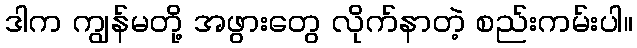
ဒါက ကျွန်မတို့ အဖွားတွေ လိုက်နာတဲ့ စည်းကမ်းပါ။